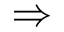
\Rightarrow